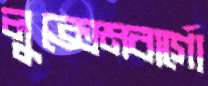
লুক্সেমবার্গো